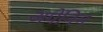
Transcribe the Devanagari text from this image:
अपेनिन